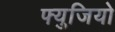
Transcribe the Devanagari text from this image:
फ्युजियो